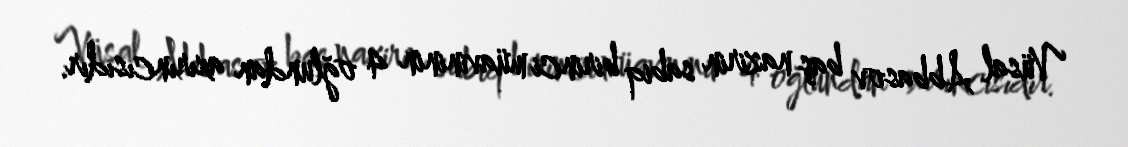
Vüsal Abbasov baş nazirin sabiq birinci müavininin 4 oğlundan axırıncısıdır.